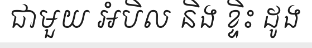
ជាមួយ អំបិល និង ខ្ទិះ ដូង